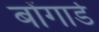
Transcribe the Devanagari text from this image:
बोंगार्ड